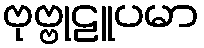
ဗုဗ္ဗုဠူပမာ